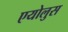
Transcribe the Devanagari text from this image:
एयोलुस